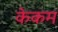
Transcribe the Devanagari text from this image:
केकम